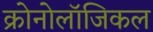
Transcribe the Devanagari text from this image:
क्रोनोलॉजिकल